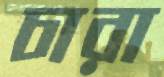
চারা